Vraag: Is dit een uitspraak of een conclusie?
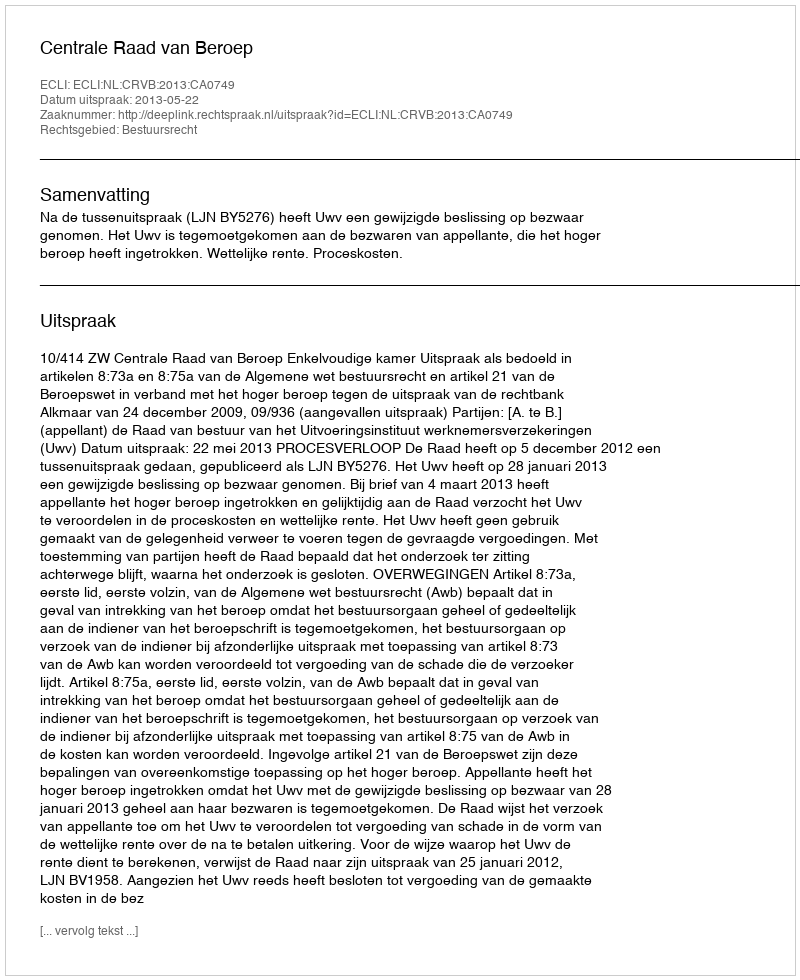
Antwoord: Uitspraak